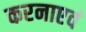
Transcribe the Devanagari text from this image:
करनाएवं